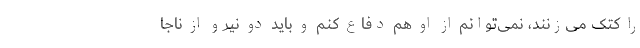
را کتک می‌زنند، نمی‌توانم از او هم دفاع کنم و باید دو نیرو از ناجا